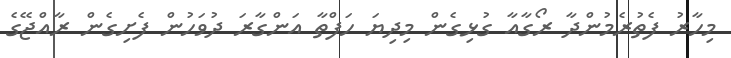
މިހާރު ފެތުރެމުންދާ ރޯގާއާ ގުޅިގެން މިދިޔަ ހަފްތާ އަންގާރަ ދުވަހުން ފެށިގެން ރާއްޖޭގެ